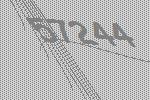
57244